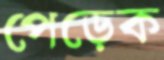
পেড়েক